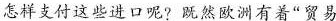
怎样支付这些进口呢?既然欧洲有着”贸易